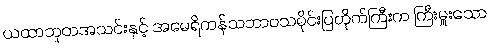
ယထာဘူတအသင်းနှင့် အမေရိကန်သဘာဝသမိုင်းပြတိုက်ကြီးက ကြီးမှူးသော